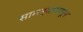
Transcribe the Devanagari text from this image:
सामन्यापासून